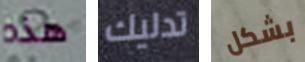
هذه تدليك بشكل